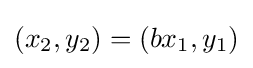
(x_{2},y_{2})=(bx_{1},y_{1})